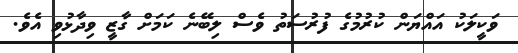
ވަކީލަކު އައްޔަން ކުރުމުގެ ފުރުސަތު ވެސް ލިބޭނެ ކަމަށް ގާޒީ ވިދާޅުވި އެވެ.